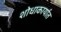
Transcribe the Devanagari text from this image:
शोधाकार्यात